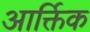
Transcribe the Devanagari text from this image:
आर्क्तिक